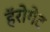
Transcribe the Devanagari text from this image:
हॅरोगेट